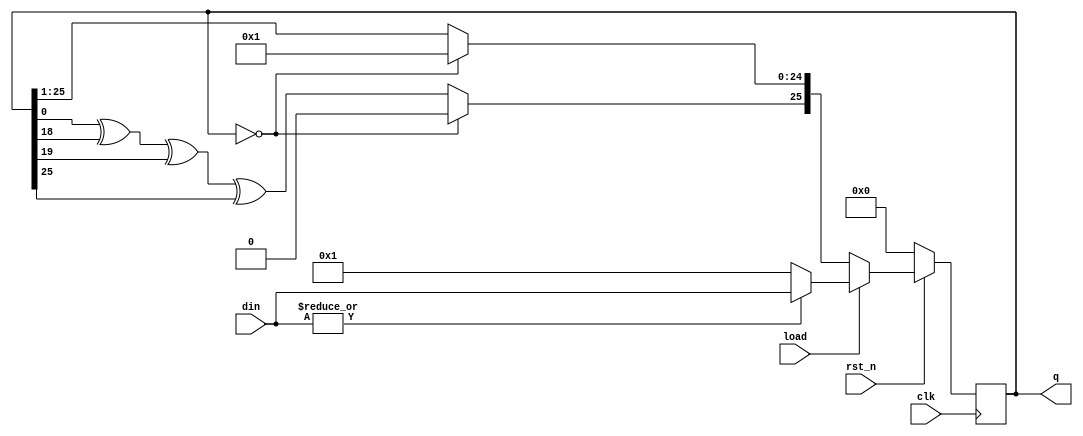

  `timescale 10ns / 1ns
  
  module LFSR(output reg [1:26] q, // 26 bit data output
              input clk, // clock input
              input rst_n, // Synchronous reset input
              input load, // Synchronous load input
              input [1:26] din // 26 bit parallel data input
              );
              
    always @(posedge clk)
    begin
      if (!rst_n)
        q <= 26'b0;
      else if (load)
        q <= (|din) ? din : 26'b1;
      else
        begin
          if (q == 26'b0)
            q = 26'b1;
          else
            begin
              q[2:26] <= q[1:25];
              q[1] <= q[26]^q[8]^q[7]^q[1];
            end
        end
    end
    
  endmodule